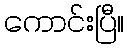
ကောင်းပြီ။